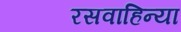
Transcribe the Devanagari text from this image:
रसवाहिन्या